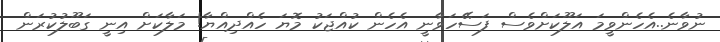
ނުވާނެ..އެހެންވީމަ އަލޫކަށްވެސް ފަސޭހަވާނީ އެހެން ކުއްޖަކު މޮޔަ ހެއްދިއްޔާ! މަލާކަށް އިނީ ގަބޫލުކުރަން